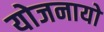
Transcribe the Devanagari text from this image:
योजनायो